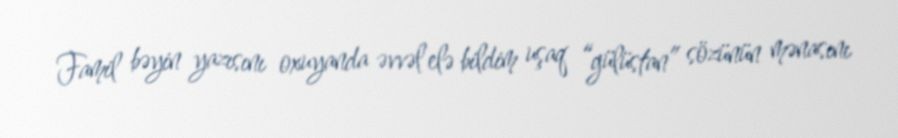
Famil bəyin yazısını oxuyanda əvvəl elə bildim uşaq “gülüstan” sözünün mənasını